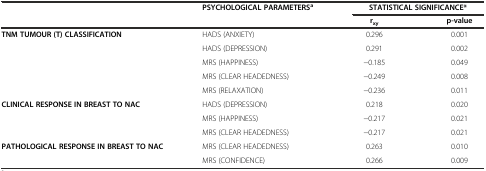
<table><thead><tr><td></td><td><b>PSYCHOLOGICAL PARAMETERS<sup>a</sup></b></td><td colspan="2"><b>STATISTICAL SIGNIFICANCE*</b></td></tr><tr><td></td><td></td><td><b>r<sub>xy</sub></b></td><td><b>p-value</b></td></tr></thead><tbody><tr><td rowspan="2"><b>TNM TUMOUR (T) CLASSIFICATION</b></td><td>HADS (ANXIETY)</td><td>0.296</td><td>0.001</td></tr><tr><td>HADS (DEPRESSION)</td><td>0.291</td><td>0.002</td></tr><tr><td rowspan="3"></td><td>MRS (HAPPINESS)</td><td>-0.185</td><td>0.049</td></tr><tr><td>MRS (CLEAR HEADEDNESS)</td><td>-0.249</td><td>0.008</td></tr><tr><td>MRS (RELAXATION)</td><td>-0.236</td><td>0.011</td></tr><tr><td rowspan="3"><b>CLINICAL RESPONSE IN BREAST TO NAC</b></td><td>HADS (DEPRESSION)</td><td>0.218</td><td>0.020</td></tr><tr><td>MRS (HAPPINESS)</td><td>-0.217</td><td>0.021</td></tr><tr><td>MRS (CLEAR HEADEDNESS)</td><td>-0.217</td><td>0.021</td></tr><tr><td rowspan="2"><b>PATHOLOGICAL RESPONSE IN BREAST TO NAC</b></td><td>MRS (CLEAR HEADEDNESS)</td><td>0.263</td><td>0.010</td></tr><tr><td>MRS (CONFIDENCE)</td><td>0.266</td><td>0.009</td></tr></tbody></table>